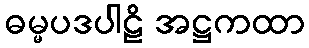
ဓမ္မပဒပါဠိ အဋ္ဌကထာ